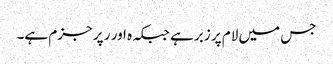
جس میں لام پر زبر ہے جبکہ ہ اور ر پر جزم ہے۔